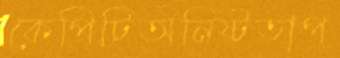
কেপিটিঅনিষ্টতাপ